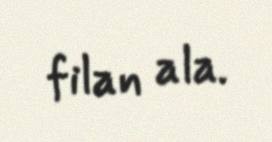
filan ala.